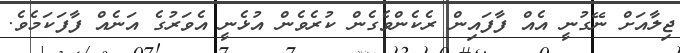
ޖިލާއަށް ނޭގުނީ އެއް ފާފައިން ރެކެންވެގެން ކުރެވެން އުޅެނީ އެވަރުގެ އަނެއް ފާފަކަމެވެ.